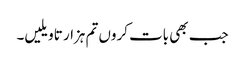
جب بھی بات کروں تم ہزار تاویلیں۔